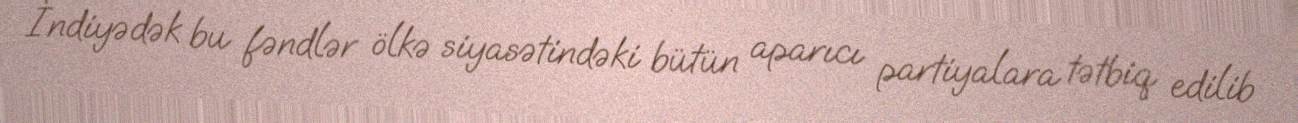
İndiyədək bu fəndlər ölkə siyasətindəki bütün aparıcı partiyalara tətbiq edilib